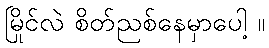
မြိုင်လဲ စိတ်ညစ်နေမှာပေါ့ ။